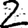
Digit: 2